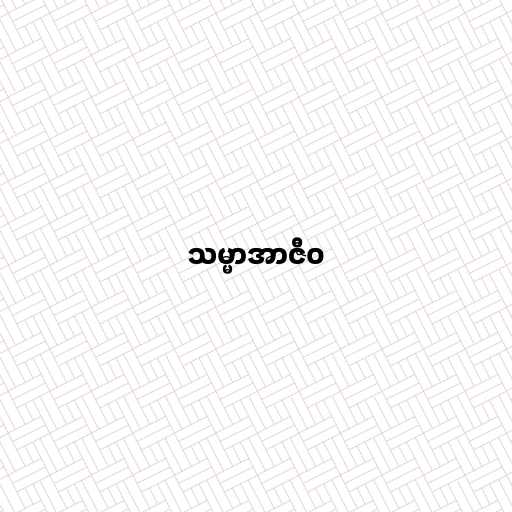
သမ္မာအာဇီဝ